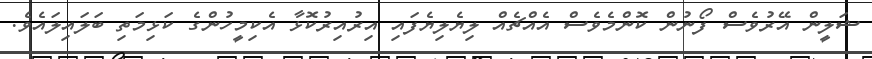
ޝަލީން އޭރުވެސް ފޯނުން ކޮންމެވެސް އެއްޗެއް ލިޔެލިޔެފައި އިރުއިރުކޮޅާ އެކިމީހުންގެ ކަޅިމަތި ބަލައިލައެވެ.